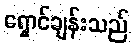
ရှောင်ချန်းသည်